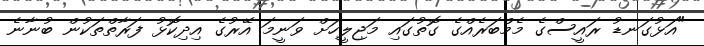
"އަޅުގަނޑު ރައީސްގެ މެމްބަރެއްގެ ގޮތުގައި މަޖިލީހަށް ވަނީމަ އޭރުގެ އިދިކޮޅު ފަރާތްތަކުން ބުނާނެ